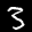
Label: 3